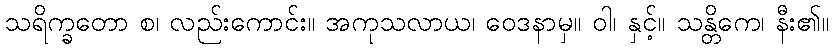
သရိက္ခတော စ၊ လည်းကောင်း။ အကုသလာယ၊ ဝေဒနာမှ။ ဝါ၊ နှင့်။ သန္တိကေ၊ နီး၏။